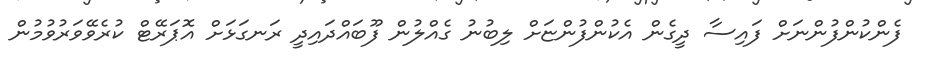
ފެންކުންފުންނަށް ފައިސާ ދީގެން އެކުންފުންޏަށް ލިބުނު ގެއްލުން ފޫބައްދައިދީ ރަނގަޅަށް އޮޕަރޭޓް ކުރެވޭވަރުވުމުން